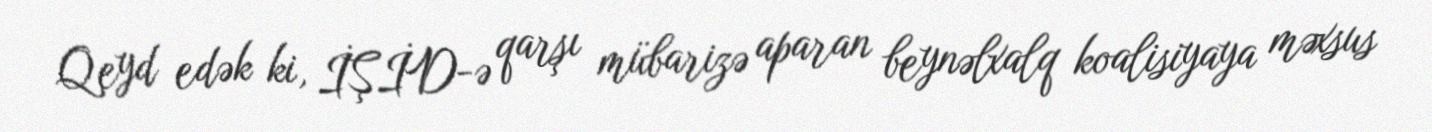
Qeyd edək ki, İŞİD-ə qarşı mübarizə aparan beynəlxalq koalisiyaya məxsus